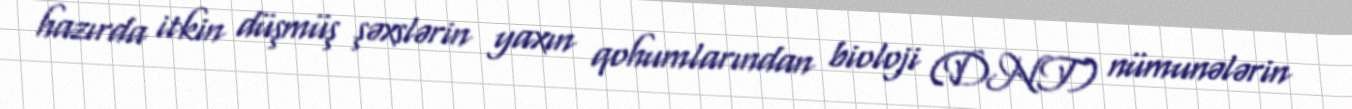
hazırda itkin düşmüş şəxslərin yaxın qohumlarından bioloji (DNT) nümunələrin